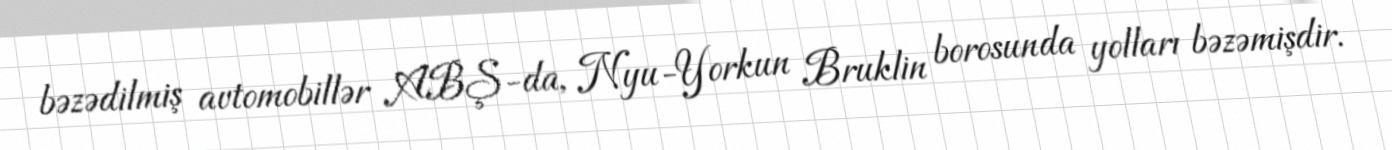
bəzədilmiş avtomobillər ABŞ-da, Nyu-Yorkun Bruklin borosunda yolları bəzəmişdir.